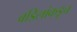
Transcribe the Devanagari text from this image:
वडिलांकडूच